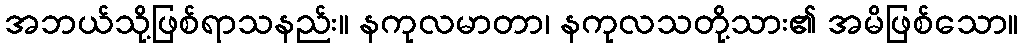
အဘယ်သို့ဖြစ်ရာသနည်း။ နကုလမာတာ၊ နကုလသတို့သား၏ အမိဖြစ်သော။